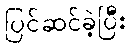
ပြင်ဆင်ခဲ့ပြီး